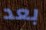
بعد